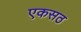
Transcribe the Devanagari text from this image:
एकसठ